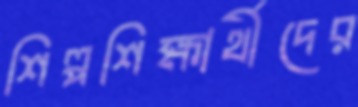
শিল্পশিক্ষার্থীদের